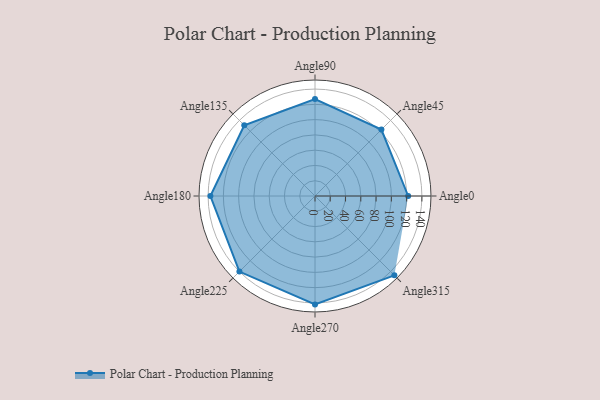
{"axis": {"x": "Angle", "y": "Radius"}, "legend": [""], "data": [{"x": "Angle0", "y": 122.0, "type": ""}, {"x": "Angle45", "y": 123.0, "type": ""}, {"x": "Angle90", "y": 127.0, "type": ""}, {"x": "Angle135", "y": 131.0, "type": ""}, {"x": "Angle180", "y": 137.0, "type": ""}, {"x": "Angle225", "y": 140.0, "type": ""}, {"x": "Angle270", "y": 142.0, "type": ""}, {"x": "Angle315", "y": 147.0, "type": ""}]}